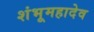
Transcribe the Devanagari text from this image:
शंभूमहादेव